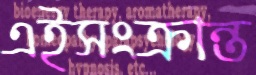
এইসংক্রান্ত